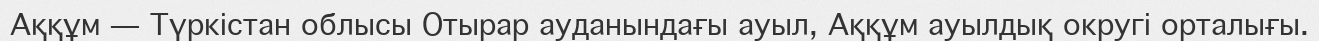
Аққұм — Түркістан облысы Отырар ауданындағы ауыл, Аққұм ауылдық округі орталығы.